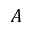
A